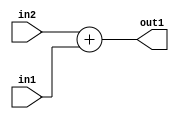
`timescale 1ps / 1ps
/*****************************************************************************
    Verilog RTL Description
    
    
    Created by: Stratus DpOpt 21.05.01 
*******************************************************************************/

module dut_Add_5Ux3U_6U_1 (
	in2,
	in1,
	out1
	); /* architecture "behavioural" */ 
input [4:0] in2;
input [2:0] in1;
output [5:0] out1;
wire [5:0] asc001;

assign asc001 = 
	+(in2)
	+(in1);

assign out1 = asc001;
endmodule

/* CADENCE  ubDwQgw= : u9/ySxbfrwZIxEzHVQQV8Q== ** DO NOT EDIT THIS LINE ******/